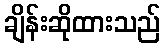
ချိန်းဆိုထားသည်